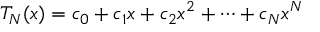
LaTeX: T _ { N } ( x ) = c _ { 0 } + c _ { 1 } x + c _ { 2 } x ^ { 2 } + \cdots + c _ { N } x ^ { N }